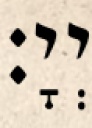
יְיָ׃